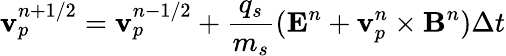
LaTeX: {\mathbf{v}}_{p}^{n+1/2}={\mathbf{v}}_{p}^{n-1/2}+\frac{q_{s}}{m_{s}}({\mathbf{E}}^{n}+{\mathbf{v}}_{p}^{n}\times{\mathbf{B}}^{n})\Delta t